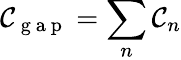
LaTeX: \mathcal{C}_{\mathrm{~g~a~p~}}=\sum_{n}\mathcal{C}_{n}